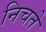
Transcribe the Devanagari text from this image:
निचते